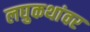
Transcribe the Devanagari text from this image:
लघुकथांवर